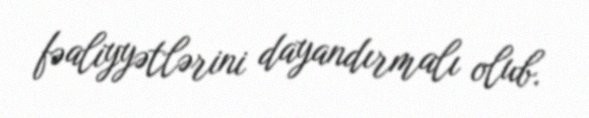
fəaliyyətlərini dayandırmalı olub.